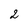
Character: 2